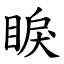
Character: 睙